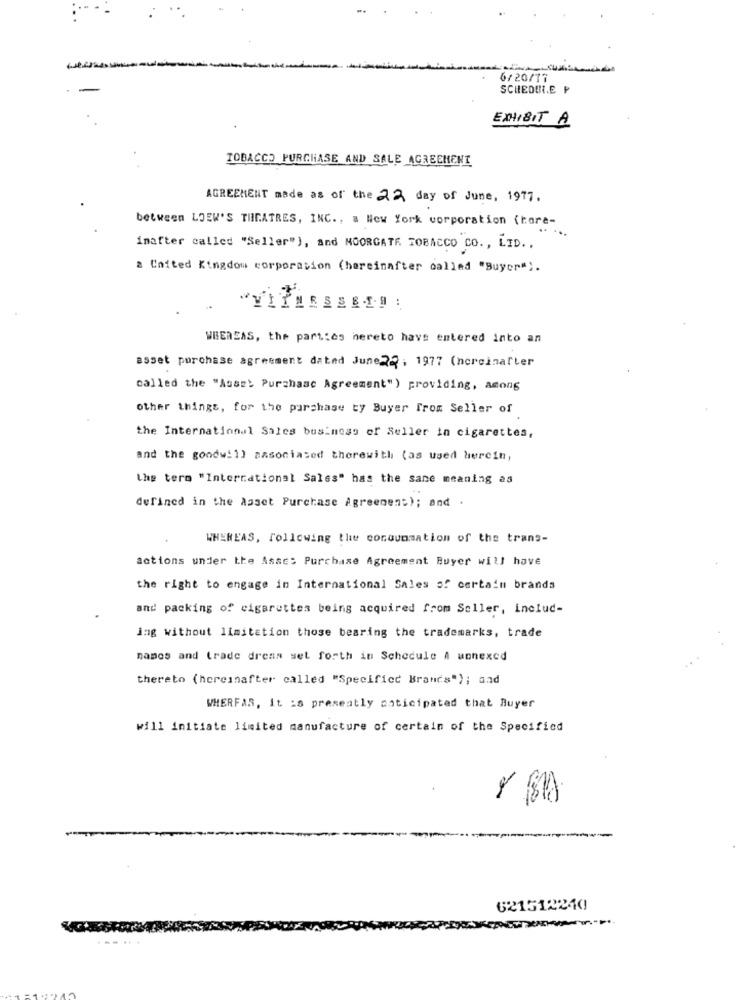
6/20/77
SCHEDINE ₽
EXHIBIT A
TOBACCO PURCHASE AND SALE AGREEMENT
AGREEMENT made as of the 22 day of June, 1977.
between LOEK'S THEATRES, INC ., a New York corporation (hore-
....
inafter called "Seller"), and MOORGATE TOBACCO CO ., LTD ..
a United Kingdom corporation (hereinafter called "Buyer").
WHEREAS, the parties hereto have entered into an
asset purchase agreement dated June22, 1977 (norcinafter
called the "Asse: Purchase Agreement") providing, among
other things, for the purchase ty Buyer From Seller of
the International Sales business of Seller in cigarettes,
and the goodwill associated therewith (as used herein,
The term "International Sales" has the sane meaning as
defined in the Asset Purchase Agreement); and .
WHEREAS, following the consummation of the trans-
actions under the Asac: Purchase Agreement Buyer will have
the right to engage in International Sales of certain brands
and packing of cigarettes being acquired from Seller, includ-
ing without limitation those bearing the trademarks, trade
names and (rade dress set forth in Schedule A unnexcd
thereto (hereinafter called "Specificc Brands"); and
WHERFAS, It is presently anticipated that Buyer
will initiate limited manufacture of certain of the Specified
621512240